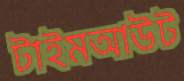
টাইমআউট